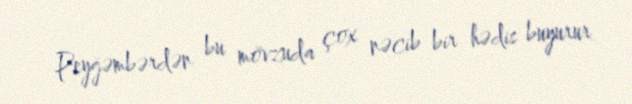
Peyğəmbərdən bu mövzuda çox nəcib bir hədis buyurur.